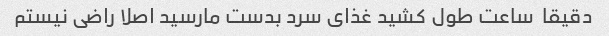
دقیقا  ساعت طول کشید غذای سرد بدست مارسید اصلا راضی نیستم